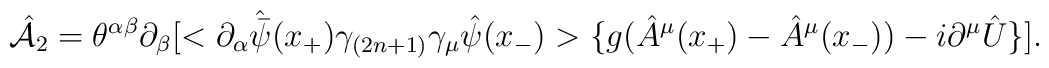
\hat{\cal A}_2=\theta ^{\alpha \beta }\partial _\beta [< \partial_\alpha \hat {\bar \psi } (x_+)\gamma _{(2n+1)} \gamma _\mu \hat\psi (x_-)>\{g(\hat A^\mu (x_+)-\hat A^\mu (x_-))-i\partial ^\mu\hat U\}].